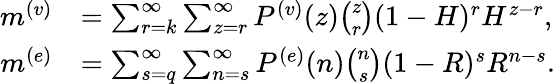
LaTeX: \begin{array}{rl}{m^{(v)}}&{=\sum_{r=k}^{\infty}\sum_{z=r}^{\infty}P^{(v)}(z)\binom{z}{r}(1-H)^{r}H^{z-r},}\\ {m^{(e)}}&{=\sum_{s=q}^{\infty}\sum_{n=s}^{\infty}P^{(e)}(n)\binom{n}{s}(1-R)^{s}R^{n-s}.}\end{array}